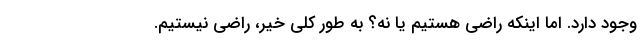
وجود دارد. اما اینکه راضی هستیم یا نه؟ به طور کلی خیر، راضی نیستیم.